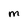
Character: M